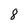
Character: 8